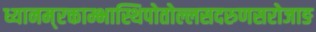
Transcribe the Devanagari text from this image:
ध्यानम्‌रक्ताम्भास्थिपोतोल्लसदरुणसरोजाङ